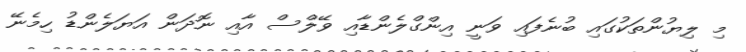
މި ލިޔުންތަކުގައި ބުނެފައި ވަނީ އިންގްލެންޑާއި ވޭލްސް އާއި ނޮދަން އަޔަލެންޑު ހިމެނޭ